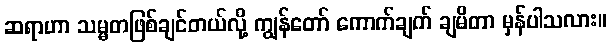
ဆရာဟာ သမ္မတဖြစ်ချင်တယ်လို့ ကျွန်တော် ကောက်ချက် ချမိတာ မှန်ပါသလား။